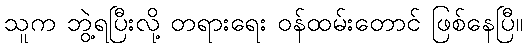
သူက ဘွဲ့ရပြီးလို့ တရားရေး ဝန်ထမ်းတောင် ဖြစ်နေပြီ။